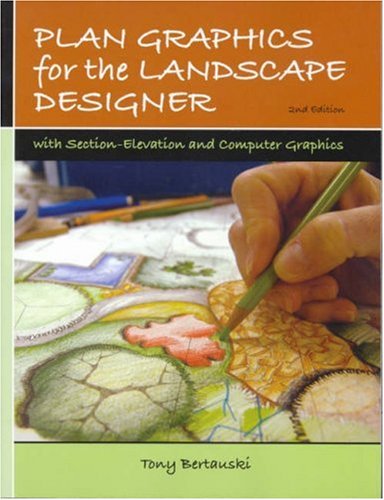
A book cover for Plan Graphics for the Landscape Designer (2nd Edition); Tony Bertauski; Crafts, Hobbies & Home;